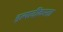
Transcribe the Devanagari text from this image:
इत्यादींकरता